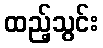
ထည့်သွင်း